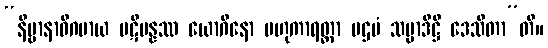
“နိဗ္ဗာနာဓိဂမာယ ပဋိပန္နဿ ယောဂိနော ဗဟုကာရတ္တာ ပဌမံ သမ္မာဒိဋ္ဌိ ဒေသိတာ”တိ။